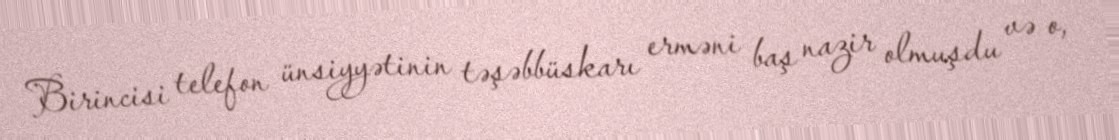
Birincisi telefon ünsiyyətinin təşəbbüskarı erməni baş nazir olmuşdu və o,